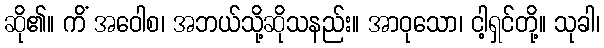
ဆို၏။ ကိံ အဝေါစ၊ အဘယ်သို့ဆိုသနည်း။ အာဝုသော၊ ငါ့ရှင်တို့။ သုခါ၊